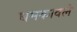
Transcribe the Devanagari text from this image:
धमकावले